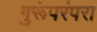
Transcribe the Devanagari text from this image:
गुरूंपरंपरा